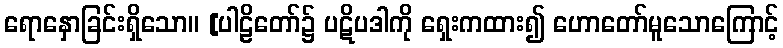
ရောနှောခြင်းရှိသော။ [ပါဠိတော်၌ ပဋိပဒါကို ရှေးကထား၍ ဟောတော်မူသောကြောင့်